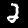
Label: 2